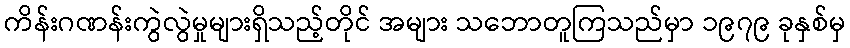
ကိန်းဂဏန်းကွဲလွဲမှုများရှိသည့်တိုင် အများ သဘောတူကြသည်မှာ ၁၉၇၉ ခုနှစ်မှ